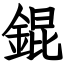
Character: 錕